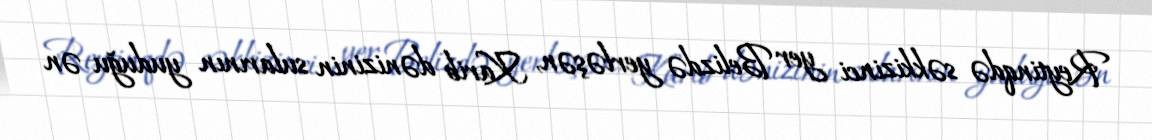
Reytinqdə səkkizinci yer Belizdə yerləşən, Karib dənizinin sularının yuduğu ən